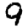
Digit: 9